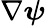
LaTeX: \nabla\boldsymbol\psi